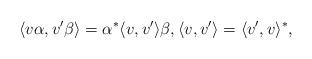
LaTeX: \begin{align*}\langle v\alpha, v' \beta \rangle = \alpha^* \langle v,v' \rangle \beta, \langle v, v' \rangle = \langle v', v \rangle ^*,\end{align*}